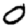
Digit: 0